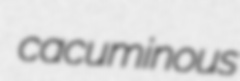
cacuminous